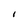
Character: 1